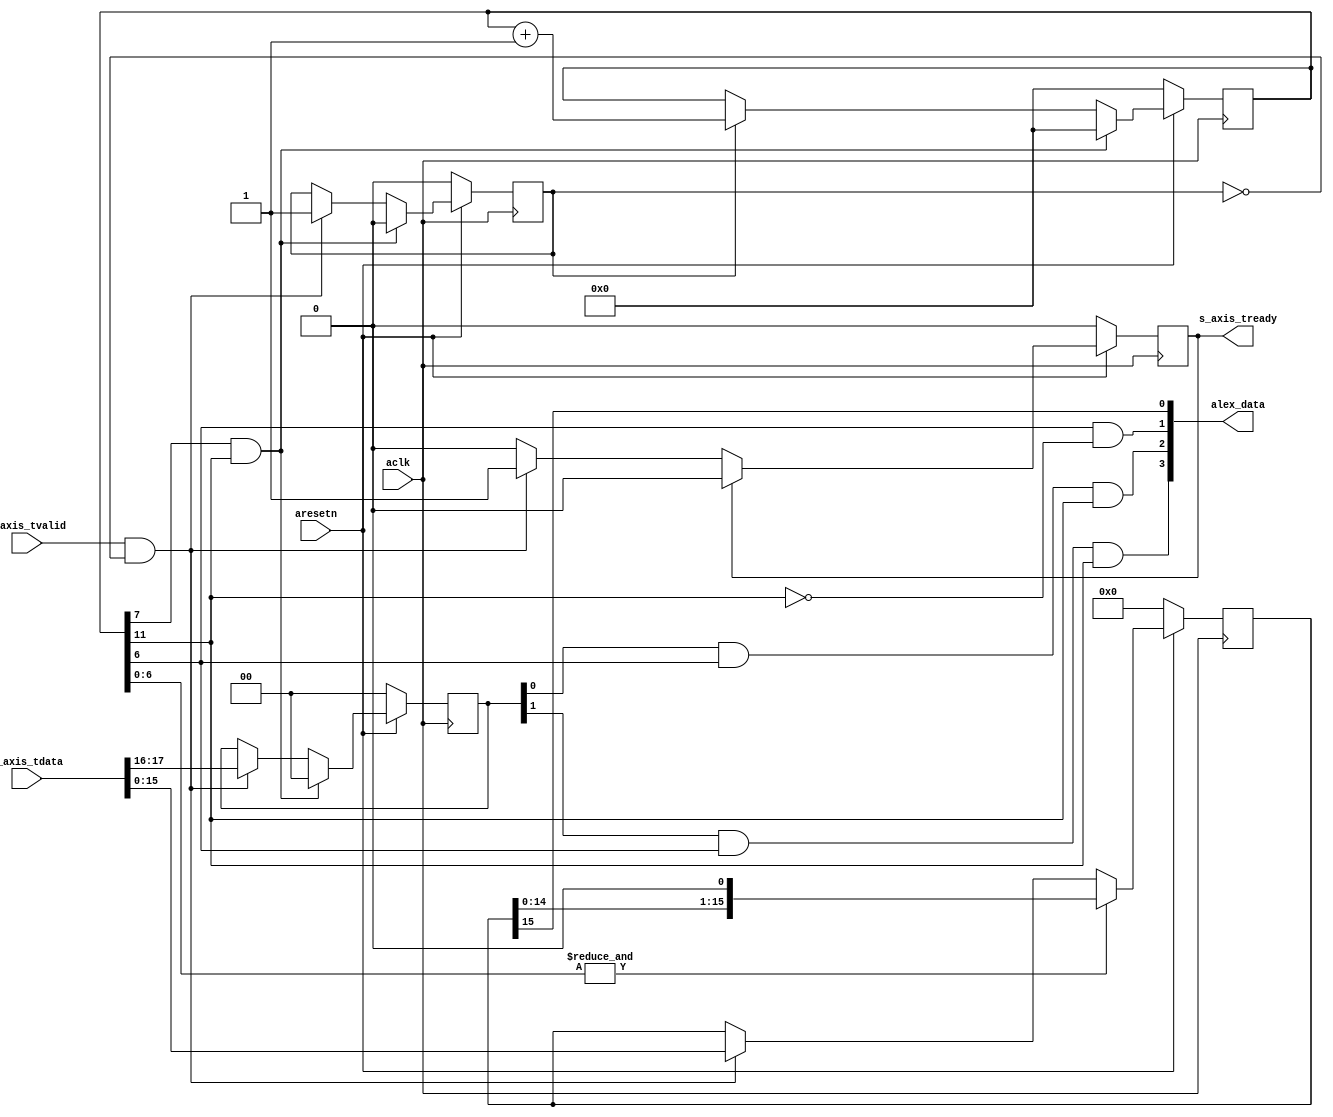
module axis_alex
(
  // System signals
  input  wire        aclk,
  input  wire        aresetn,

  output wire [3:0]  alex_data,

  // Slave side
  output wire        s_axis_tready,
  input  wire [31:0] s_axis_tdata,
  input  wire        s_axis_tvalid
);

  reg [15:0] int_data_reg, int_data_next;
  reg [11:0] int_cntr_reg, int_cntr_next;
  reg [1:0] int_load_reg, int_load_next;
  reg int_enbl_reg, int_enbl_next;
  reg int_tready_reg, int_tready_next;

  always @(posedge aclk)
  begin
    if(~aresetn)
    begin
      int_data_reg <= 16'd0;
      int_cntr_reg <= 12'd0;
      int_load_reg <= 2'd0;
      int_enbl_reg <= 1'b0;
      int_tready_reg <= 1'b0;
    end
    else
    begin
      int_data_reg <= int_data_next;
      int_cntr_reg <= int_cntr_next;
      int_load_reg <= int_load_next;
      int_enbl_reg <= int_enbl_next;
      int_tready_reg <= int_tready_next;
    end
  end

  always @*
  begin
    int_data_next = int_data_reg;
    int_cntr_next = int_cntr_reg;
    int_load_next = int_load_reg;
    int_enbl_next = int_enbl_reg;
    int_tready_next = int_tready_reg;

    if(s_axis_tvalid & ~int_enbl_reg)
    begin
      int_data_next = s_axis_tdata[15:0];
      int_load_next = s_axis_tdata[17:16];
      int_enbl_next = 1'b1;
      int_tready_next = 1'b1;
    end

    if(int_tready_reg)
    begin
      int_tready_next = 1'b0;
    end

    if(int_enbl_reg)
    begin
      int_cntr_next = int_cntr_reg + 1'b1;
    end

    if(&int_cntr_reg[6:0])
    begin
      int_data_next = {int_data_reg[14:0], 1'b0};
    end

    if(int_cntr_reg[7] & int_cntr_reg[11])
    begin
      int_cntr_next = 12'd0;
      int_load_next = 2'd0;
      int_enbl_next = 1'b0;
    end

  end

  assign s_axis_tready = int_tready_reg;

  assign alex_data[0] = int_data_reg[15];
  assign alex_data[1] = int_cntr_reg[6] & ~int_cntr_reg[11];
  assign alex_data[2] = int_load_reg[0] & int_cntr_reg[6] & int_cntr_reg[11];
  assign alex_data[3] = int_load_reg[1] & int_cntr_reg[6] & int_cntr_reg[11];

endmodule